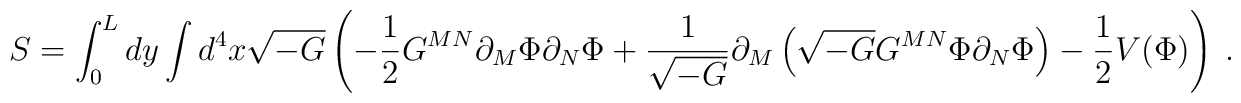
S= \int_{0}^{L}dy\int d^{4}x\sqrt{-G}\left(-\frac{1}{2}G^{MN}\partial_{M}\Phi\partial_{N}\Phi+\frac{1}{\sqrt{-G}}\partial_{M}\left(\sqrt{-G}G^{MN}\Phi\partial_{N}\Phi\right)-\frac{1}{2}V(\Phi)\right)\ .